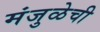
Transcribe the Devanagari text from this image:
मंजुळेची